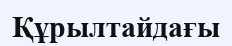
Құрылтайдағы